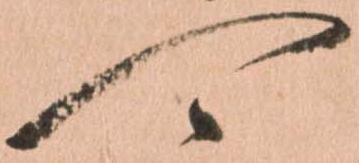
可